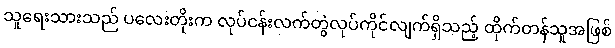
သူရေးသားသည် ပလေးတိုးက လုပ်ငန်းလက်တွဲလုပ်ကိုင်လျက်ရှိသည့် ထိုက်တန်သူအဖြစ်